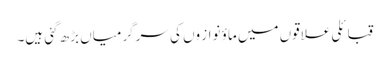
قبائلی علاقوں میں ماؤ نواز وں کی سرگرمیاں بڑھ گئی ہیں۔